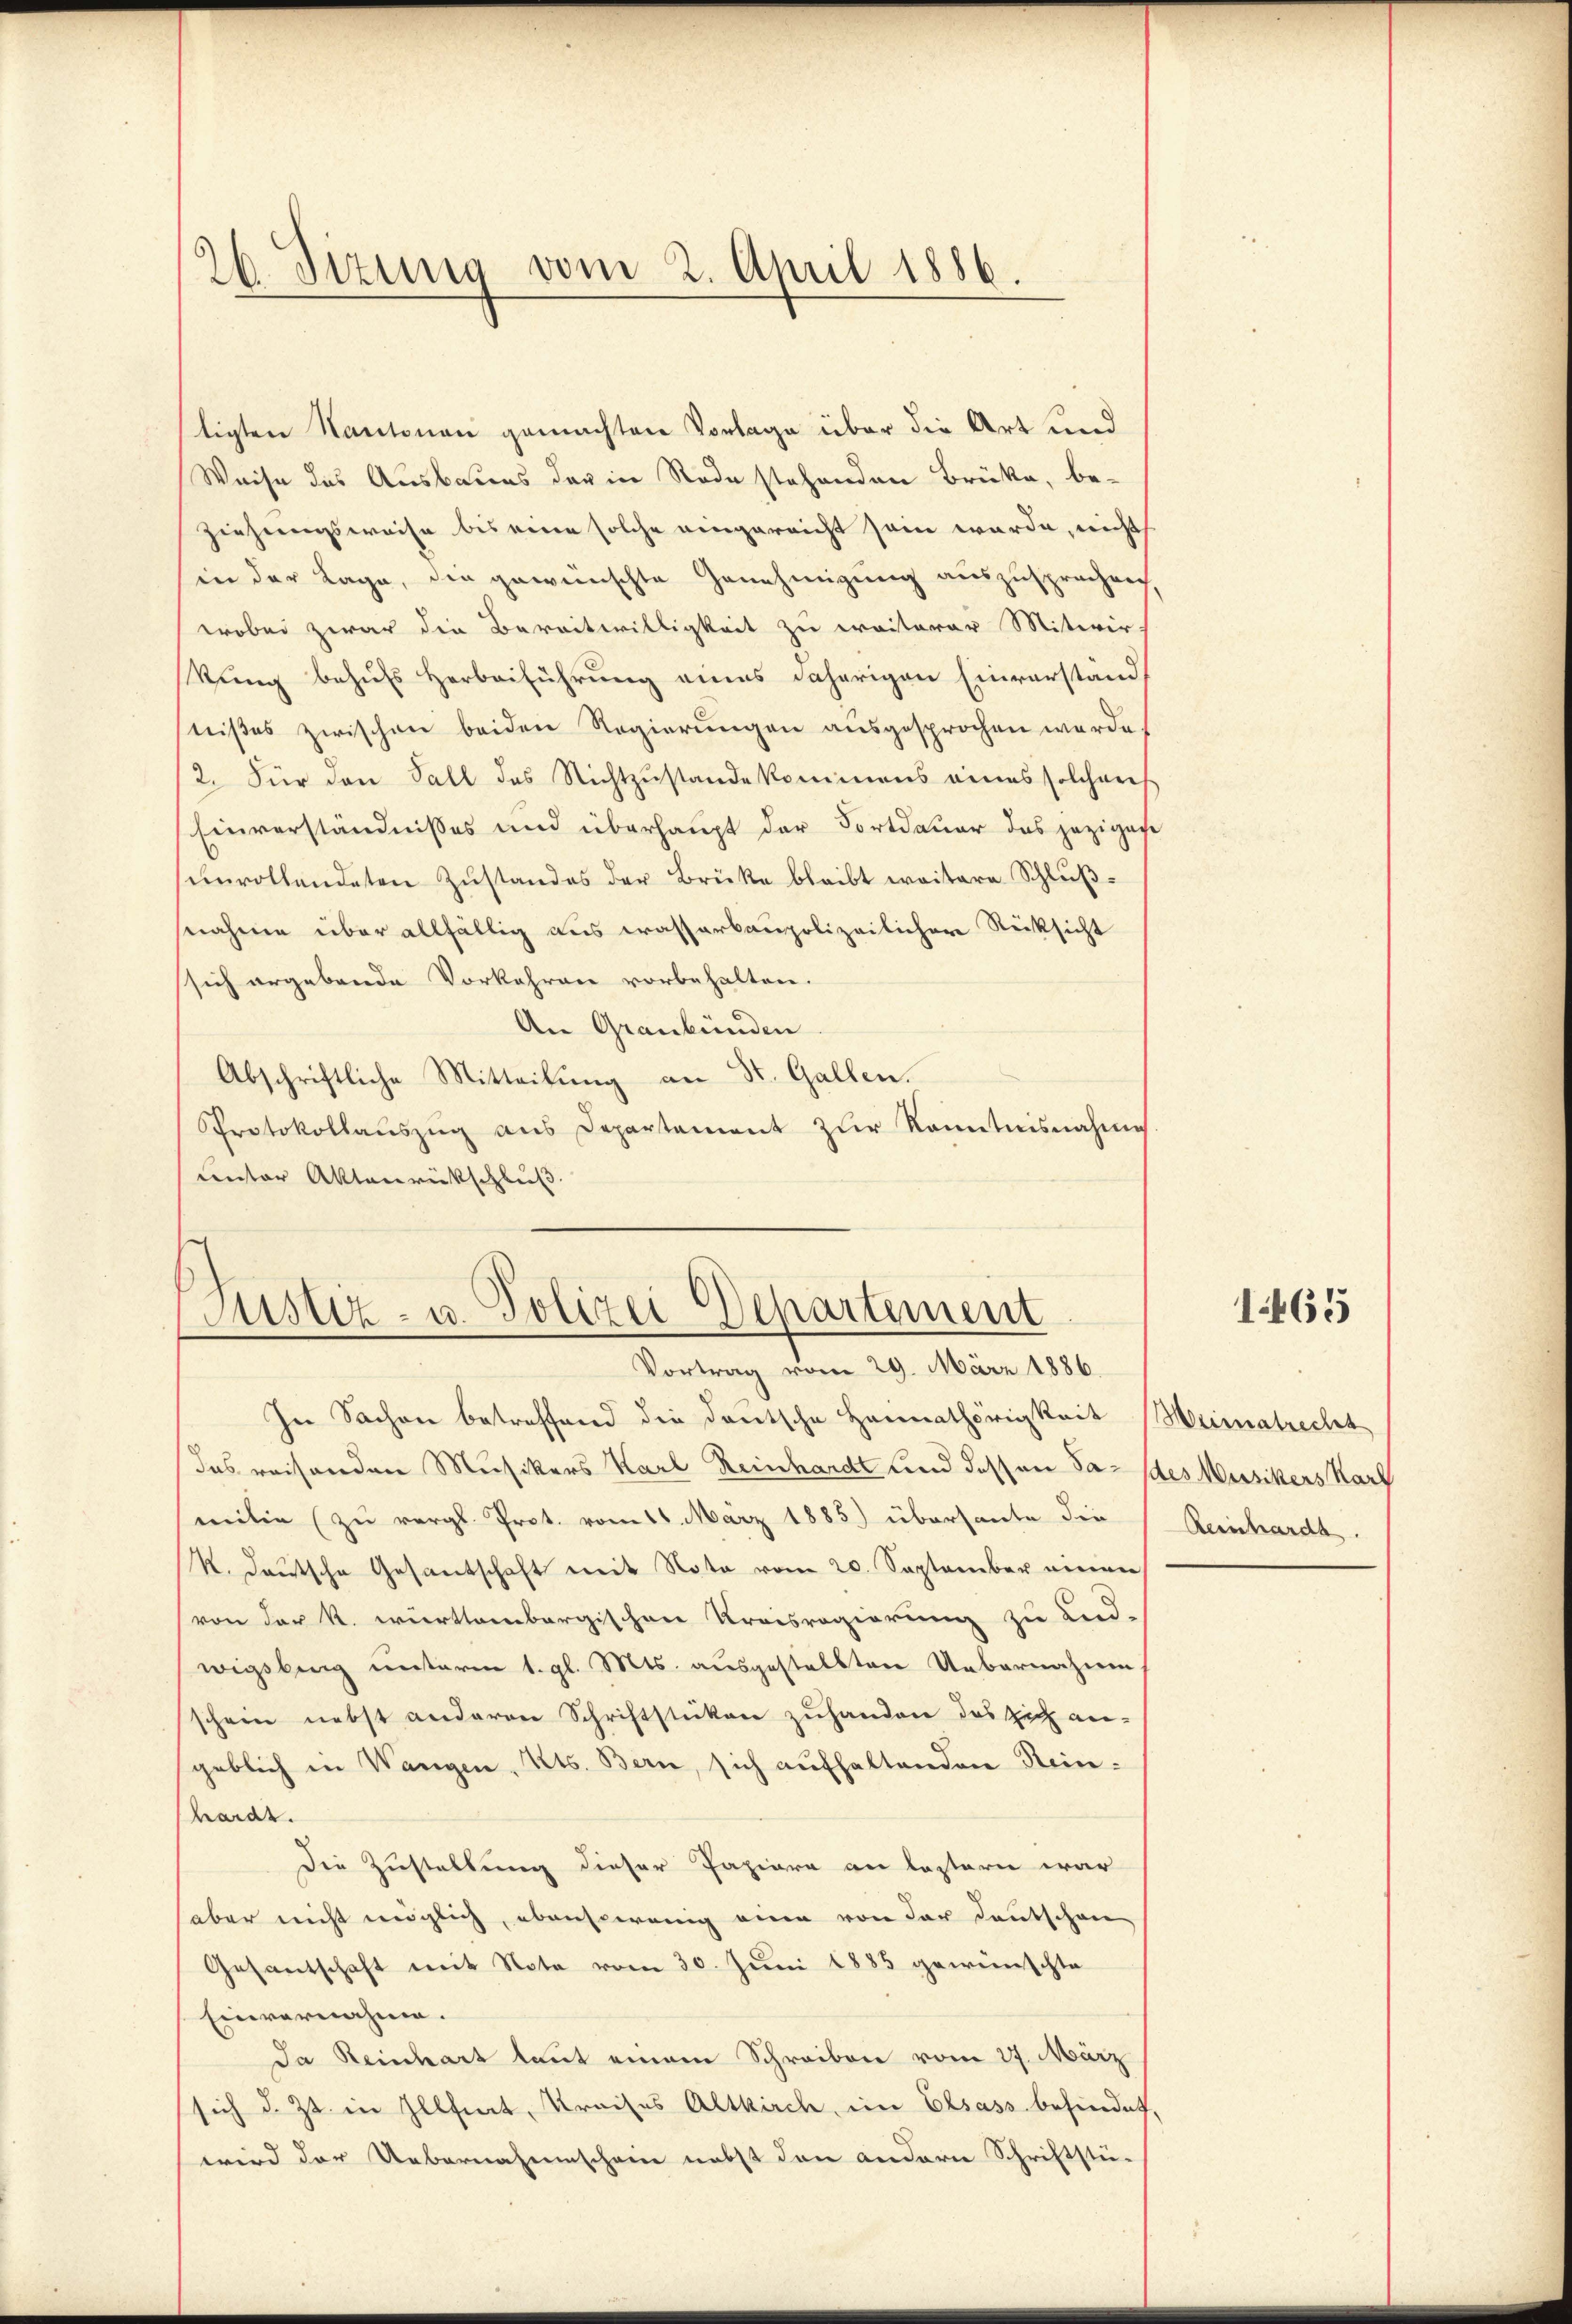
26. Sizung vom 2. April 1886.

tigten Kantonen gemachten Vorlage über die Art und
Weise des Ausbaues der in Rode stehenden Brüke, beziehungsweise bis eine solche eingereicht sein würde, nicht
(in der Lage, die gewünschte Genehmigung auszusprechen,
wobei zwar die Bereitwilligkeit zu eraiterer Mitwir-
kung behufs Herbeiführung eines daherigen Einverständ
stißes zwischen beiden Regierŭngen aŭsgesprochen werde.
2. Für den Fall des Nichtzustande kommens eines solchen
Einverständnisses und überhaupt der Fortdauer das jezigese
ŭnvollendeten Zŭstandes der Brüke bleibt weitere Schlŭβ-
snahme über allfällig aus wasserbaupolizeilicher Rücksicht
sich ergebende Vorkehren vorbehalten.
An Graubünden
Abschriftliche Mitteilung an St. Gallen.
Sprotokollauszug aus Departement zur Kenntnisnahme
unter Aktenrückschluß.

In Sachen betreffend die deutsche Heimathörigkeit (Meimatrecht
das reisenden Musikers Karl Reinhardt und dessen Sa- des Musikers Karl
milie (zu vergl. Prot. vom 16. März 1885) überhaute die
K. Deutsche Gesantschaft mit Note vom 20. September einem
von der k. württembergischen Kreisregierung zu End-
wigsberg unterm 1. gl. Mts. ausgestellten Uebernahmen
schein nebst anderen Schriftstücken zuhanden das sich an-
geblich in Wangen, Kts. Bern, sich aufhaltenden Steinhardt.
Die Zustellung dieser Papiere an lastern war
haber nicht möglich, ebensowenig eine von der Deutschan
Gesantschaft mit Note vom 30. Juni 1885 gewünschte
Einvernahme.
Da Reinhart laut einem Schreiben vom 27. März
sich d. Zt. in Illfert, Kreises Altkirch, im Elsass behindet,
wird der Uebernahmescheine nebst den andern Schriftstü-

Justiz- u. Polizei Departement
Vortrag vom 29. März 1886.

1465

Reinhardt